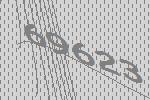
69623